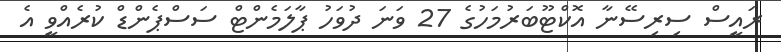
ރައީސް ސިރިސޭނާ އޮކްޓޫބަރުމަހުގެ 27 ވަނަ ދުވަހު ޕާލަމެންޓް ސަސްޕެންޑް ކުރެއްވީ އެ